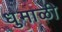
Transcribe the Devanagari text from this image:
धुमाळी